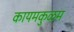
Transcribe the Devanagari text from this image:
कायमकुळम